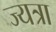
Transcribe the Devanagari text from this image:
ज्यत्रा